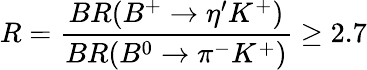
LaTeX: R={\frac{BR(B^{+}\rightarrow\eta^{\prime}K^{+})}{BR(B^{0}\rightarrow\pi^{-}K^{+})}}\geq 2.7